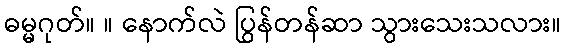
ဓမ္မဂုတ်။ ။ နောက်လဲ ပြွန်တန်ဆာ သွားသေးသလား။